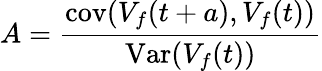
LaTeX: A={\frac{\operatorname{cov}(V_{f}(t+a),V_{f}(t))}{\operatorname{Var}(V_{f}(t))}}